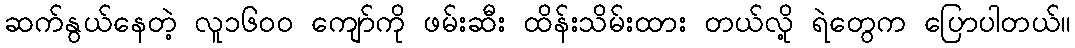
ဆက်နွယ်နေတဲ့ လူ၁၆၀၀ ကျော်ကို ဖမ်းဆီး ထိန်းသိမ်းထား တယ်လို့ ရဲတွေက ပြောပါတယ်။